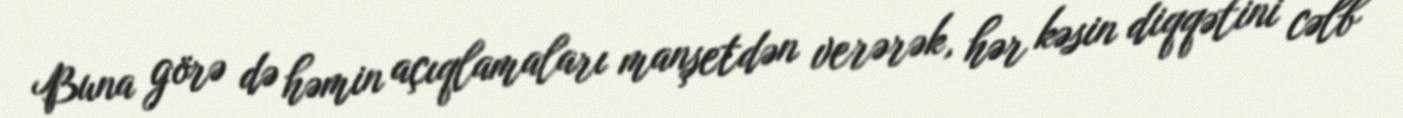
Buna görə də həmin açıqlamaları manşetdən verərək, hər kəsin diqqətini cəlb